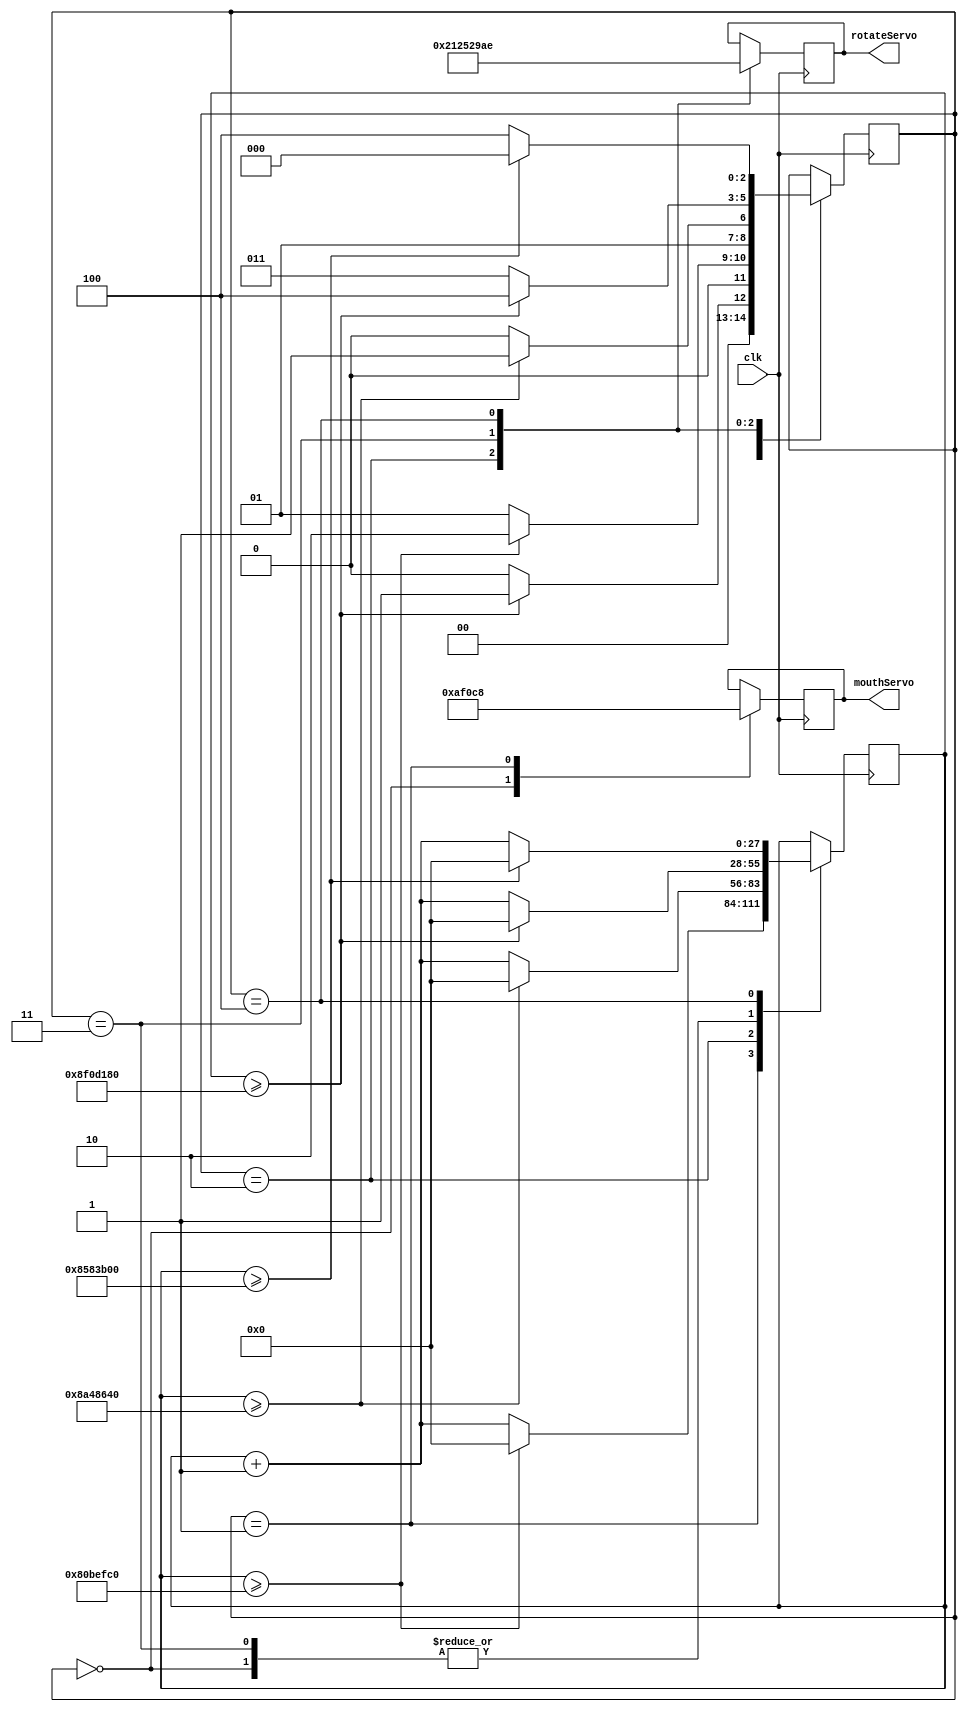
module head(clk, mouthServo, rotateServo);

//inputs
input clk;

//output
output [9:0] mouthServo, rotateServo;

//registers
reg [9:0] mouthServo, rotateServo;
reg [27:0] pause;
reg [2:0] state;

//setting the initial values
initial mouthServo = 10'd200;
initial rotateServo = 10'd400;
initial state = 3'd0;

//rename the states so increase readability
parameter mouth = 3'd0, mouthTwo = 3'd1, rotate = 3'd2, rotateTwo = 3'd3, rotateThree = 3'd4;

always@(posedge clk)
	begin
		case(state)
			mouth:		//MOVE THE JAW DOWN
				begin
				mouthServo <= 10'd700;	//move the head down so it is open
				if(pause >= 150000000)	//wait for 3 seconds
					begin
					pause <= 28'd0;	//reset the wait to zero
					state <= mouthTwo;	//change state to the next head movement
					end
				else
					begin
					pause <= pause + 1'b1;	//increase pause by one for the 10 second delay
					state <= mouth; //keep the state the same
					end
				end
			mouthTwo:	//MOVE THE JAW BACK UP
				begin
				mouthServo <= 10'd200;	//return the head to the default position
				if(pause >= 135000000)	//wait for 2.7 seconds
					begin
					pause <= 28'd0;		//reset the wait
					state <= rotate;	//change state to the mext head movement
					end
				else
					begin
					pause <= pause + 1'b1;	//increase pause by one for the 7 second delay
					state <= mouthTwo;	//keep the state the same
					end
				end
			rotate:		//ROTATE THE HEAD TO THE LEFT (CLOCKWISE)
				begin
				rotateServo <= 10'd530;		//move the head to the left
				if(pause >= 145000000)	//wait for 2.9 seconds
					begin
					pause <= 28'd0;	//reset the wait
					state <= rotateTwo;	//change state to the next head movement
					end
				else
					begin
					pause <= pause + 1'b1;	//increase pause by one for the 7 second delay
					state <= rotate;	//keep the state the same
					end
				end
			rotateTwo:	//ROTATE THE HEAD TO THE RIGHT (COUNTER-CLOCKWISE)
				begin
				rotateServo <= 10'd330;	//move the head to the right
				if(pause >= 150000000)	//wait for 3 seconds
					begin
					pause <= 28'd0;	//reset the wait
					state <= rotateThree;	//change state to the next head movement
					end
				else
					begin
					pause <= pause + 1'b1;	//increase pause by one for the 7 second delay
					state <= rotateTwo;	//keep the state the same
					end
				end
			rotateThree:	//RETURN THE HEAD TO THE MIDDLE
				begin
				rotateServo <= 10'd430;	//return the head to the default position
				if(pause >= 140000000)	//wait for 2.8 seconds
					begin
					pause <= 28'd0;	//reset the wait
					state <= mouth;	//change state to the first head movement
					end
				else
					begin
					pause <= pause + 1'b1;	//increase pause by one for the 7 second delay
					state <= rotateThree;	//keep the state the same
					end
				end
			endcase
	end
endmodule